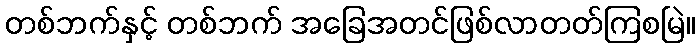
တစ်ဘက်နှင့် တစ်ဘက် အခြေအတင်ဖြစ်လာတတ်ကြစမြဲ။